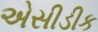
એસીડીક